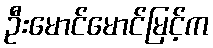
ဦးမောင်မောင်မြင့်က